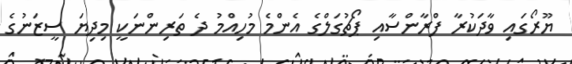
ޔޫރޯގައި ވާދަކުރާ ފްރާންސާއި ޕޯޗުގަލްގެ އެންމެ މުހިއްމު ދެ ތަރިންނަކީ މިދިޔަ ސީޒަނުގެ